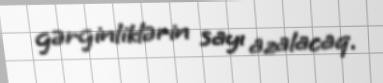
gərginliklərin sayı azalacaq.